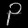
Digit: ၃